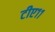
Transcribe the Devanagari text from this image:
टीए११